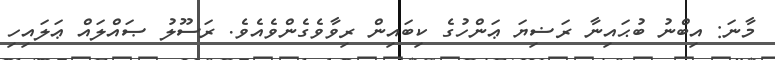
މާނަ: އިބްނު ބުޙައިނާ ރަޟިޔަ ޢަންހުގެ ކިބައިން ރިވާވެގެންވެއެވެ. ރަސޫލު ޞައްލައް ޢަލައިހި